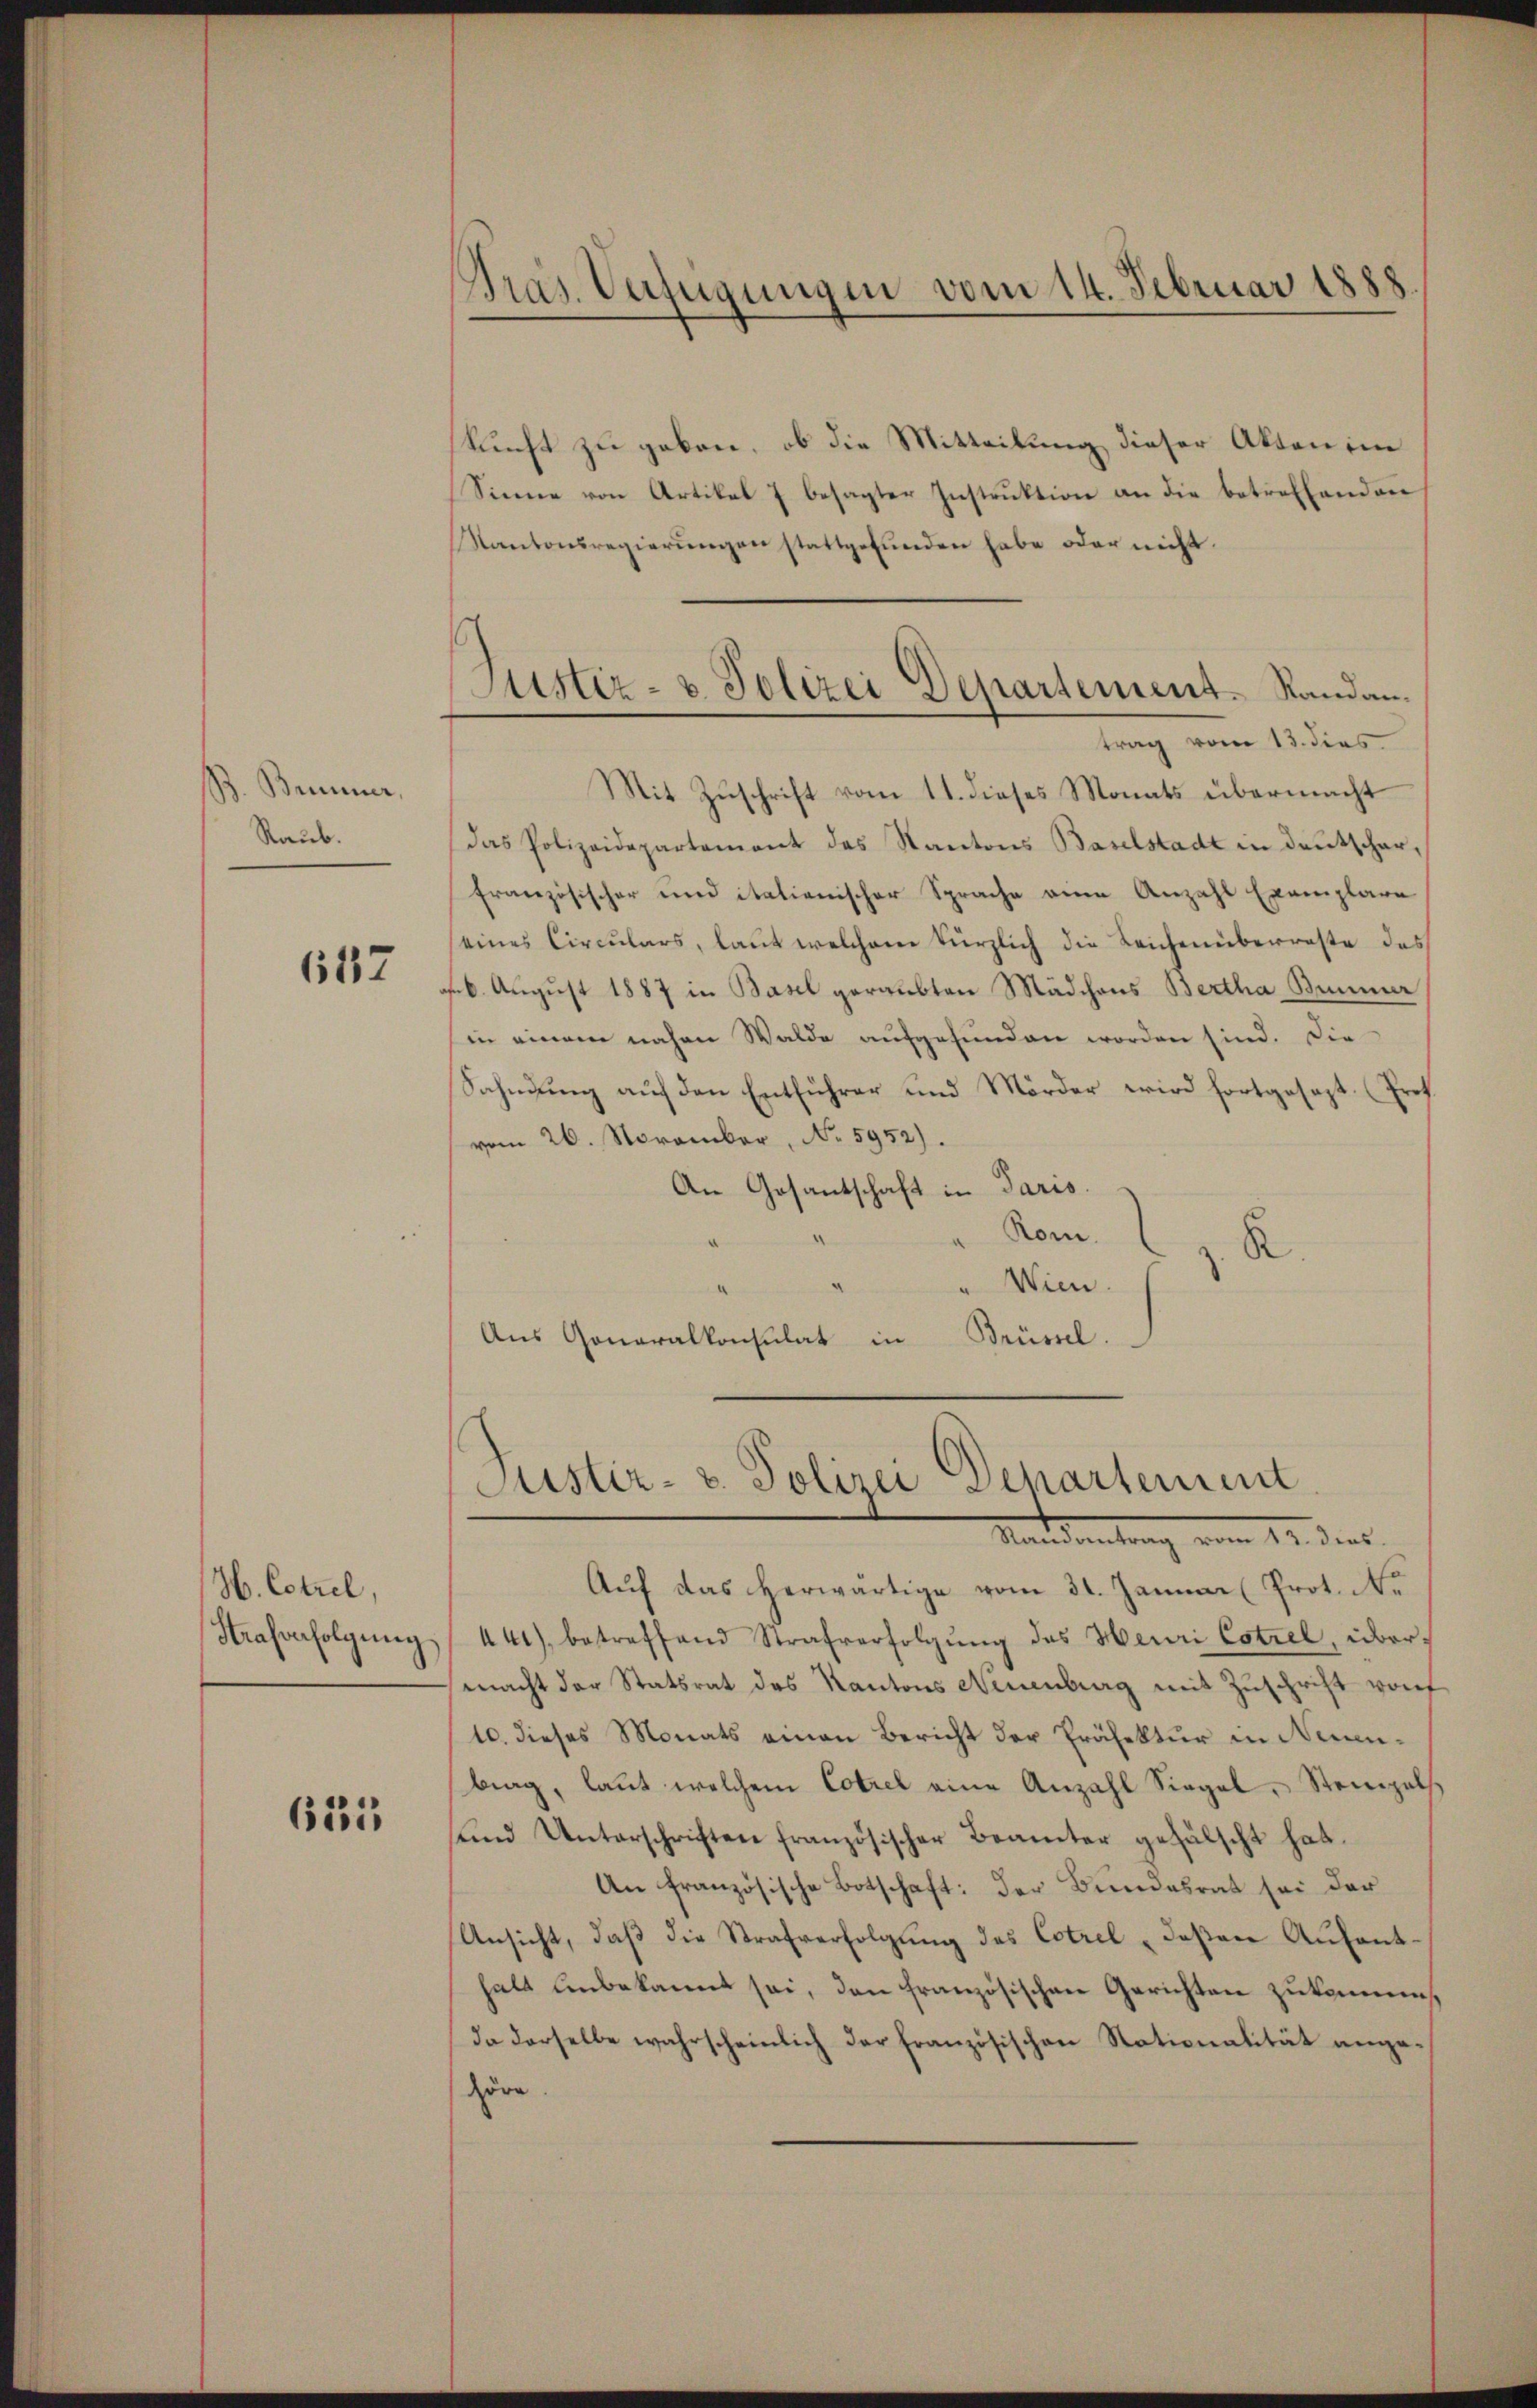
J. Bummer,
Raub.

657

H. Cotrel,

635

Bras. Verfügungen vom 14. Februar 1888.

skunft zu geben, ob die Mitteilung dieser Akten im
Sinne von Artikel 7 besagter Instruktion an die betreffenden
Kantonsregierŭngen stattgefunden habe oder nicht.
trag vom 13. dies
Mit Zuschrift vom 11. dieses Monats übermacht
das Polizeidepartement das Kantons Baselstadt in Deutscharfranzösischer und italienischer Sprache eine Anzahl Exemplare
eines Circulars, laut welchem kürzlich die Leichenüberreste des
16. August 1887 in Basel geraubten Mädchens Bertha Bummer
in einem nahen Walde aufgefunden worden sind. Die
Sahndŭng aŭf den Entführer und Mörder wird fortgesezt. (Prot
vom 26. November, No 5952).
An Gosantschaft in Paris.
Rom.
R
a
Wien.
Aus Goneralkonsulat in Brüssel.

Justiz- & Polizei Departement. Randan¬

Justiz- & Polizei Departement

Mandantrag vom 12. dies
Aŭf das herwärtige vom 31. Januar (Prot. N
Kasverfolgung 441), betreffend Strafverfolgung des Heuri Estrel, übermacht der Statsrat des Kantons Neuenburg mit Zuschrift vorf
10. dieses Monats einen Bericht der Präfektur in Neuenbrag, laut welchem Cotrel eine Anzahl Siegel, Stempels
und Unterschriften französischer Beamter gefälscht hat.
An französische Botschaft: der Bundesrat sei der
Ansicht, daß die Strafverfolgung des Cotrel deßen Aufenthalt unbekannt sei, den französischen Gerichten zukomms
Ia derselbe wahrscheinlich der französischen Stationalität angehöre.